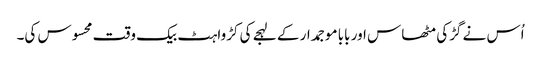
اُس نے گڑکی مٹھاس اور بابا موجمدار کے لہجے کی کڑواہٹ بیک وقت محسوس کی۔